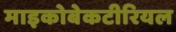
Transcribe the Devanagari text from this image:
माइकोबेकटीरियल